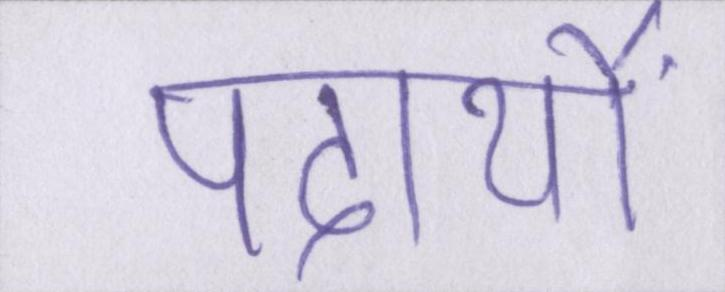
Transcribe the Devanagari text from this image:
पदार्थों